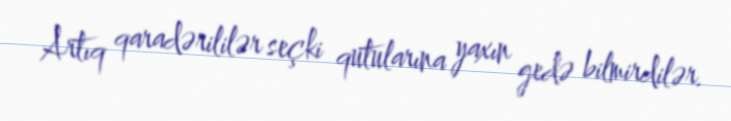
Artıq qaradərililər seçki qutularına yaxın gedə bilmirdilər.